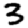
Digit: 3